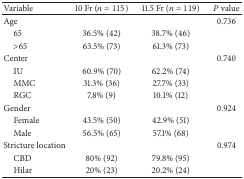
<table><thead><tr><td><b>Variable</b></td><td><b>10 Fr (<i>n</i> = 115)</b></td><td><b>11.5 Fr (<i>n</i> = 119)</b></td><td><b><i>P</i> value</b></td></tr></thead><tbody><tr><td>Age</td><td> </td><td> </td><td>0.736</td></tr><tr><td> 65</td><td>36.5% (42)</td><td>38.7% (46)</td><td> </td></tr><tr><td> &gt;65</td><td>63.5% (73)</td><td>61.3% (73)</td><td> </td></tr><tr><td>Center</td><td> </td><td> </td><td>0.740</td></tr><tr><td> IU</td><td>60.9% (70)</td><td>62.2% (74)</td><td> </td></tr><tr><td> MMC</td><td>31.3% (36)</td><td>27.7% (33)</td><td> </td></tr><tr><td> RGC</td><td>7.8% (9)</td><td>10.1% (12)</td><td> </td></tr><tr><td>Gender</td><td> </td><td> </td><td>0.924</td></tr><tr><td> Female</td><td>43.5% (50)</td><td>42.9% (51)</td><td> </td></tr><tr><td> Male</td><td>56.5% (65)</td><td>57.1% (68)</td><td> </td></tr><tr><td>Stricture location</td><td> </td><td> </td><td>0.974</td></tr><tr><td> CBD</td><td>80% (92)</td><td>79.8% (95)</td><td> </td></tr><tr><td> Hilar</td><td>20% (23)</td><td>20.2% (24)</td><td> </td></tr></tbody></table>